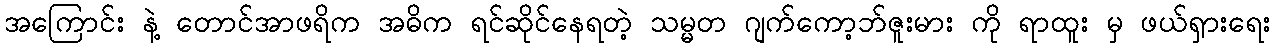
အကြောင်း နဲ့ တောင်အာဖရိက အဓိက ရင်ဆိုင်နေရတဲ့ သမ္မတ ဂျက်ကော့ဘ်ဇူးမား ကို ရာထူး မှ ဖယ်ရှားရေး